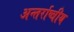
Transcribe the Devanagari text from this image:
अन्तर्राष्त्रीय